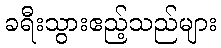
ခရီးသွားဧည့်သည်များ